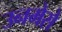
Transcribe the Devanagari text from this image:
उनमेसे